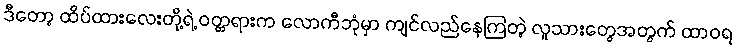
ဒီတော့ ထိပ်ထားလေးတို့ရဲ့ ဝတ္တရားက လောကီဘုံမှာ ကျင်လည်နေကြတဲ့ လူသားတွေအတွက် ထာဝရ